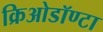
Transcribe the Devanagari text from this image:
क्रिओडॉण्टा